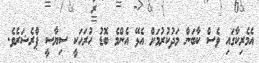
އެމެރިކާގައި ވެސް ކާބަން މަދުކުރުމަށް އެޅޭ އެންމެ ބޮޑު ހުރަހަކީ ސިޔާސީ ޕްރެޝަރެވެ.